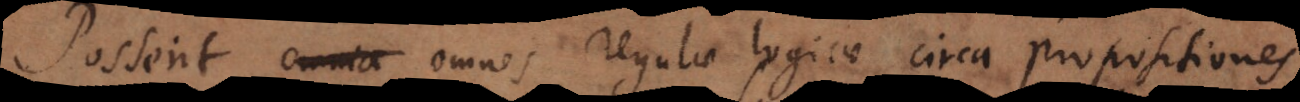
Possent omnia omnes regulae logicae circa propositiones